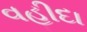
વહીદા